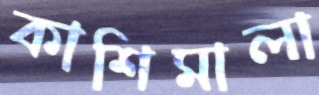
কাশিমালা